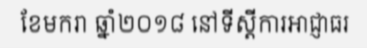
ខែមករា ឆ្នាំ២០១៨ នៅទីស្តីការអាជ្ញាធរ